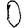
Digit: 0